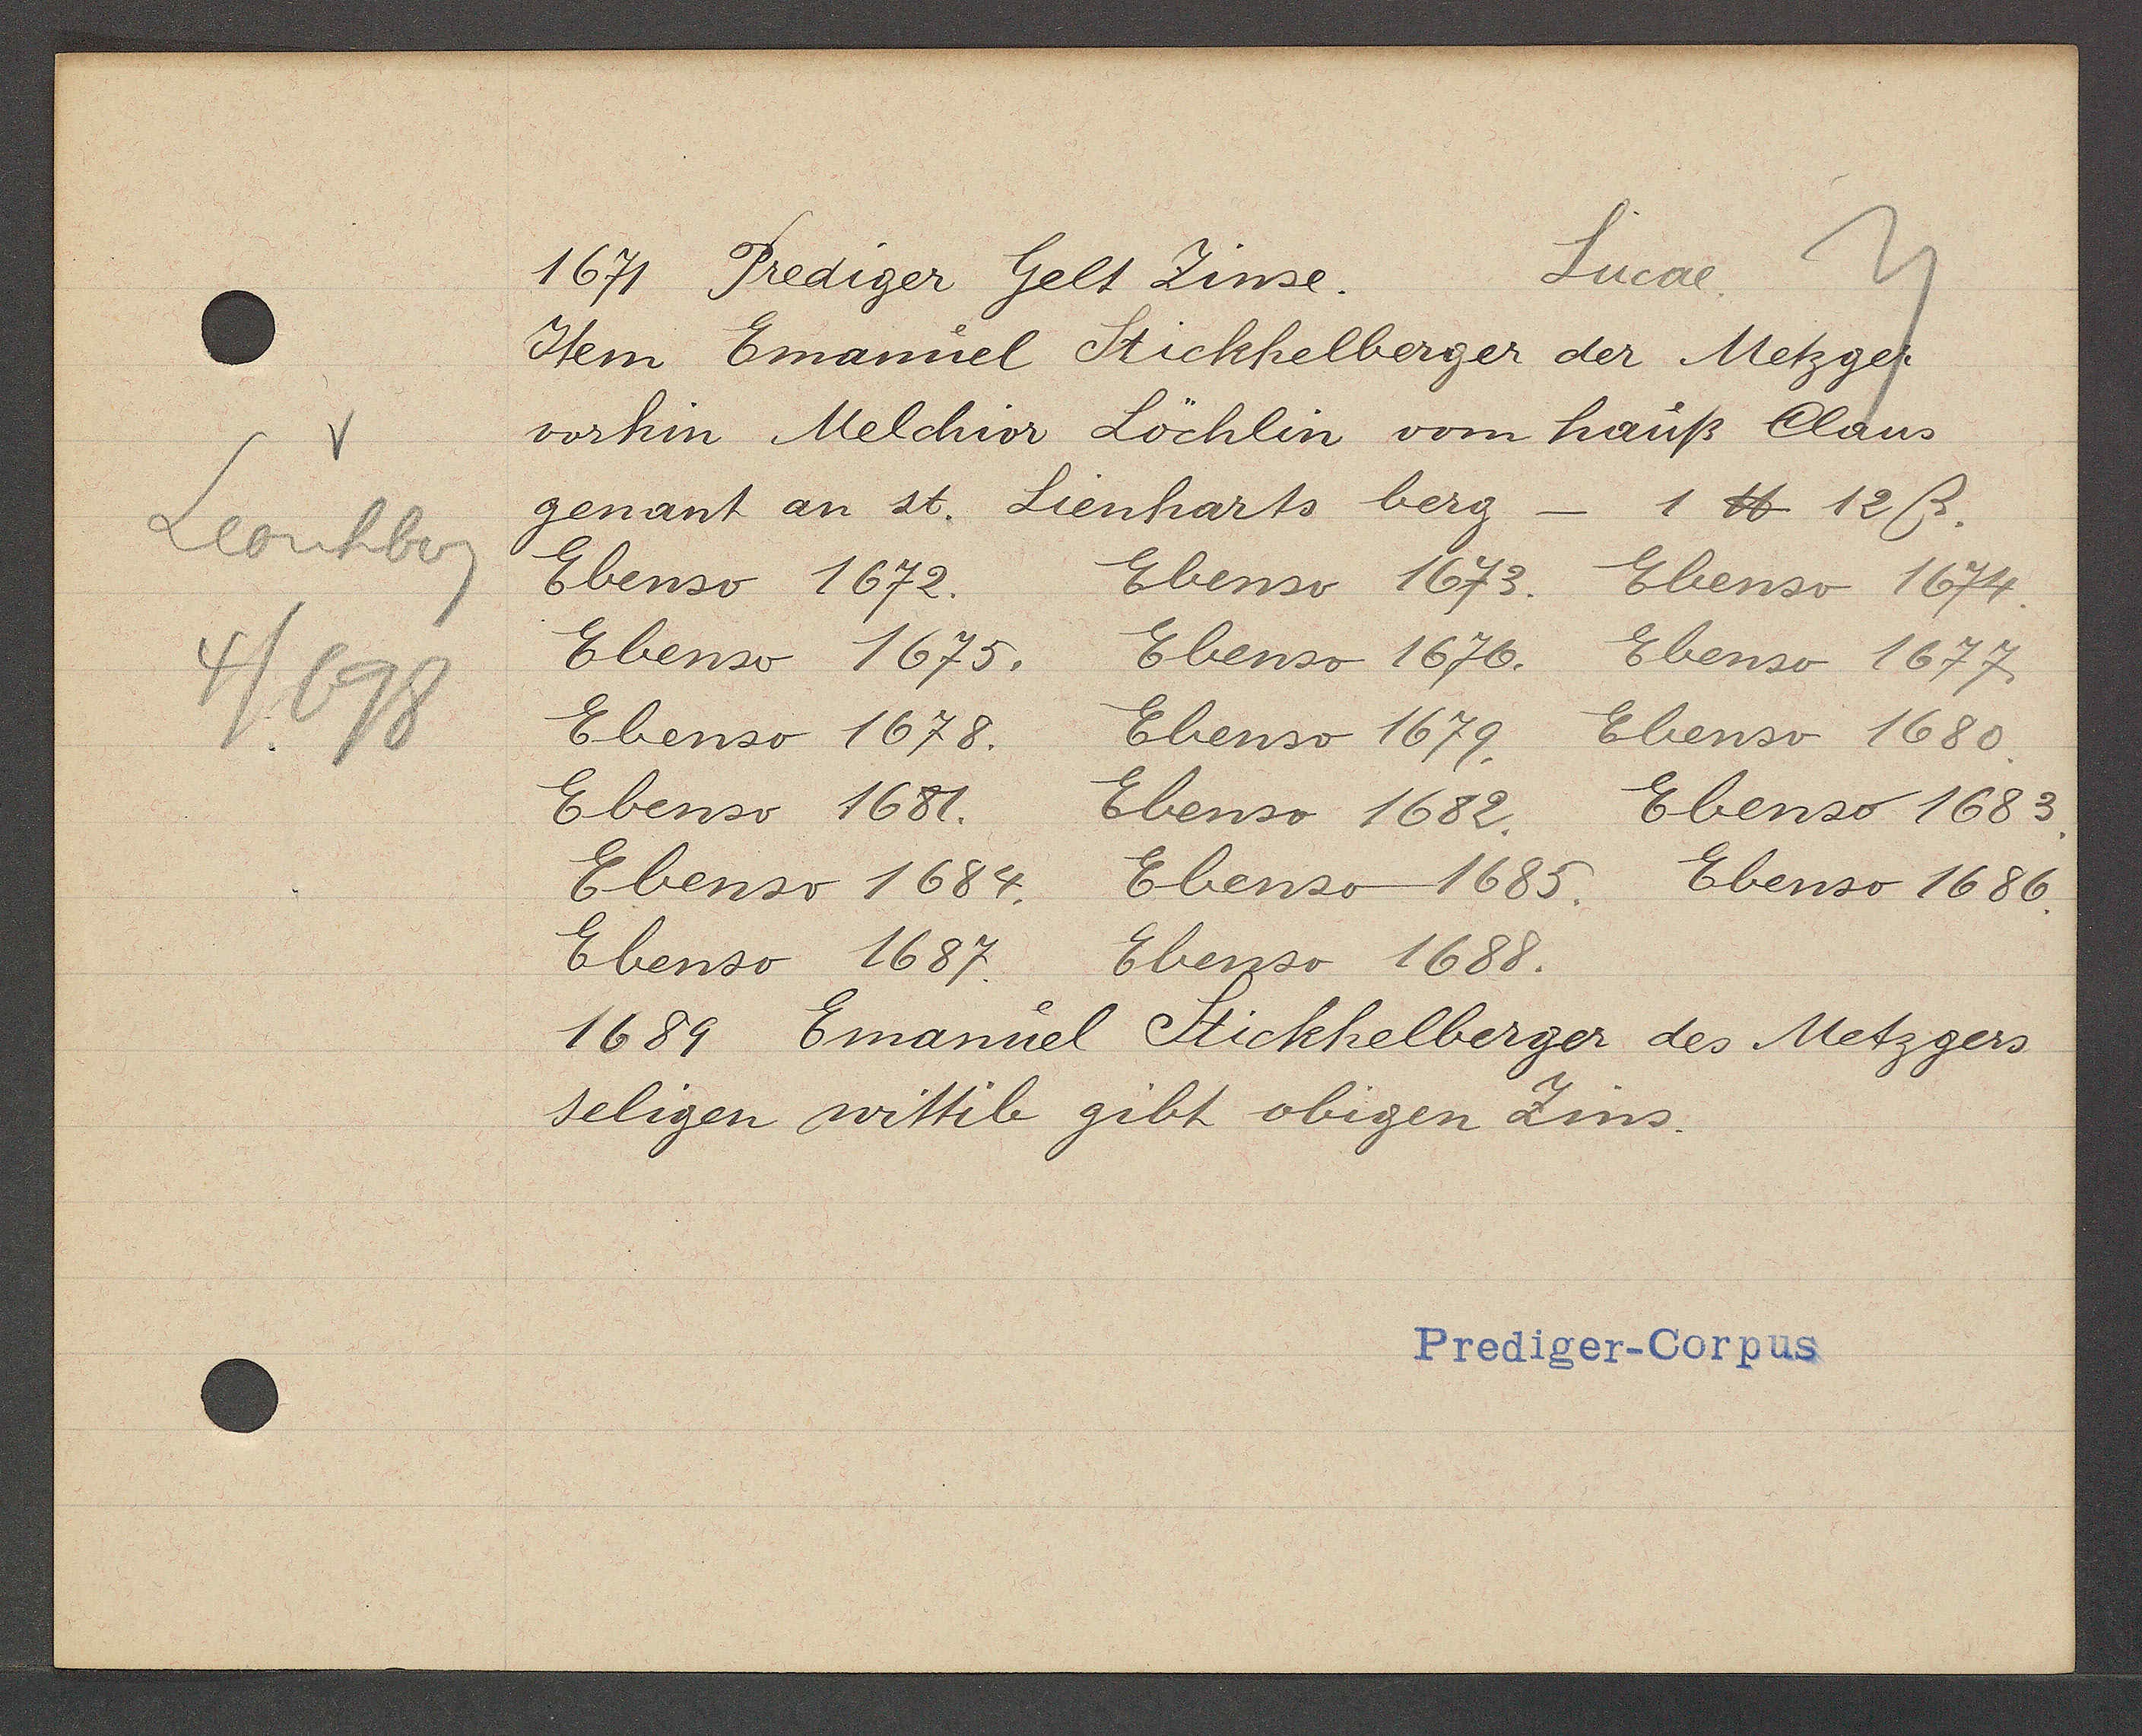
Transcript:
Leonhberg
4/698

1671 Prediger Gelt Zinse.
Lucae.

Item Emanuel Stickhelberger der Metzger
vorhin Melchior Löchlin vom hauß Claus
genant an st. Lienharts berg
1 ℔ 12ß.
Ebenso 1672.
Ebenso 1673.
Ebenso 1674.
Ebenso 1675.
Ebenso 1576.
Ebenso 1677.
Ebenso 1678.
Ebenso 1679.
Ebenso 1680.
Ebenso 1681.
Ebenso 1682.
Ebenso 1683.
Ebenso 1684.
Ebenso 1685.
Ebenso 1686.
Ebenso 1687.
Ebenso 1688.
1689 Emanuel Stickhelberger des Metzgers
seligen wittib gibt obigen Zins.

Prediger-Corpus